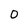
Character: 0